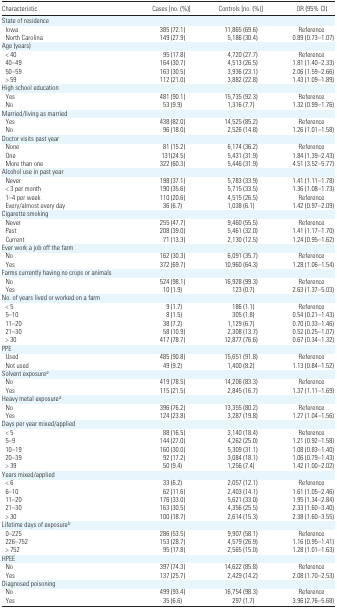
<table><thead><tr><td><b>Characteristic</b></td><td><b>Cases [no. (%)]</b></td><td><b>Controls [no. (%)]</b></td><td><b>OR (95% CI)</b></td></tr></thead><tbody><tr><td colspan="4">State of residence</td></tr><tr><td> Iowa</td><td>385 (72.1)</td><td>11,865 (69.6)</td><td>Reference</td></tr><tr><td> North Carolina</td><td>149 (27.9)</td><td>5,186 (30.4)</td><td>0.89 (0.73–1.07)</td></tr><tr><td colspan="4">Age (years)</td></tr><tr><td> &lt; 40</td><td>95 (17.8)</td><td>4,720 (27.7)</td><td>Reference</td></tr><tr><td> 40–49</td><td>164 (30.7)</td><td>4,513 (26.5)</td><td>1.81 (1.40–2.33)</td></tr><tr><td> 50–59</td><td>163 (30.5)</td><td>3,936 (23.1)</td><td>2.06 (1.59–2.66)</td></tr><tr><td> &gt; 59</td><td>112 (21.0)</td><td>3,882 (22.8)</td><td>1.43 (1.09–1.89)</td></tr><tr><td colspan="4">High school education</td></tr><tr><td> Yes</td><td>481 (90.1)</td><td>15,735 (92.3)</td><td>Reference</td></tr><tr><td> No</td><td>53 (9.9)</td><td>1,316 (7.7)</td><td>1.32 (0.99–1.76)</td></tr><tr><td colspan="4">Married/living as married</td></tr><tr><td> Yes</td><td>438 (82.0)</td><td>14,525 (85.2)</td><td>Reference</td></tr><tr><td> No</td><td>96 (18.0)</td><td>2,526 (14.8)</td><td>1.26 (1.01–1.58)</td></tr><tr><td colspan="4">Doctor visits past year</td></tr><tr><td> None</td><td>81 (15.2)</td><td>6,174 (36.2)</td><td>Reference</td></tr><tr><td> One</td><td>131(24.5)</td><td>5,431 (31.9)</td><td>1.84 (1.39–2.43)</td></tr><tr><td> More than one</td><td>322 (60.3)</td><td>5,446 (31.9)</td><td>4.51 (3.52–5.77)</td></tr><tr><td colspan="4">Alcohol use in past year</td></tr><tr><td> Never</td><td>198 (37.1)</td><td>5,783 (33.9)</td><td>1.41 (1.11–1.78)</td></tr><tr><td> &lt; 3 per month</td><td>190 (35.6)</td><td>5,715 (33.5)</td><td>1.36 (1.08–1.73)</td></tr><tr><td> 1–4 per week</td><td>110 (20.6)</td><td>4,515 (26.5)</td><td>Reference</td></tr><tr><td> Every/almost every day</td><td>36 (6.7)</td><td>1,038 (6.1)</td><td>1.42 (0.97–2.09)</td></tr><tr><td colspan="4">Cigarette smoking</td></tr><tr><td> Never</td><td>255 (47.7)</td><td>9,460 (55.5)</td><td>Reference</td></tr><tr><td> Past</td><td>208 (39.0)</td><td>5,461 (32.0)</td><td>1.41 (1.17–1.70)</td></tr><tr><td> Current</td><td>71 (13.3)</td><td>2,130 (12.5)</td><td>1.24 (0.95–1.62)</td></tr><tr><td colspan="4">Ever work a job off the farm</td></tr><tr><td> No</td><td>162 (30.3)</td><td>6,091 (35.7)</td><td>Reference</td></tr><tr><td> Yes</td><td>372 (69.7)</td><td>10,960 (64.3)</td><td>1.28 (1.06–1.54)</td></tr><tr><td colspan="4">Farms currently having no crops or animals</td></tr><tr><td> No</td><td>524 (98.1)</td><td>16,928 (99.3)</td><td>Reference</td></tr><tr><td> Yes</td><td>10 (1.9)</td><td>123 (0.7)</td><td>2.63 (1.37–5.03)</td></tr><tr><td colspan="4">No. of years lived or worked on a farm</td></tr><tr><td> &lt; 5</td><td>9 (1.7)</td><td>186 (1.1)</td><td>Reference</td></tr><tr><td> 5–10</td><td>8 (1.5)</td><td>305 (1.8)</td><td>0.54 (0.21–1.43)</td></tr><tr><td> 11–20</td><td>38 (7.2)</td><td>1,129 (6.7)</td><td>0.70 (0.33–1.46)</td></tr><tr><td> 21–30</td><td>58 (10.9)</td><td>2,308 (13.7)</td><td>0.52 (0.25–1.07)</td></tr><tr><td> &gt; 30</td><td>417 (78.7)</td><td>12,877 (76.6)</td><td>0.67 (0.34–1.32)</td></tr><tr><td colspan="4">PPE</td></tr><tr><td> Used</td><td>485 (90.8)</td><td>15,651 (91.8)</td><td>Reference</td></tr><tr><td> Not used</td><td>49 (9.2)</td><td>1,400 (8.2)</td><td>1.13 (0.84–1.52)</td></tr><tr><td colspan="4">Solvent exposurea</td></tr><tr><td> No</td><td>419 (78.5)</td><td>14,206 (83.3)</td><td>Reference</td></tr><tr><td> Yes</td><td>115 (21.5)</td><td>2,845 (16.7)</td><td>1.37 (1.11–1.69)</td></tr><tr><td colspan="4">Heavy metal exposurea</td></tr><tr><td> No</td><td>396 (76.2)</td><td>13,355 (80.2)</td><td>Reference</td></tr><tr><td> Yes</td><td>124 (23.8)</td><td>3,287 (19.8)</td><td>1.27 (1.04–1.56)</td></tr><tr><td colspan="4">Days per year mixed/applied</td></tr><tr><td> &lt; 5</td><td>88 (16.5)</td><td>3,140 (18.4)</td><td>Reference</td></tr><tr><td> 5–9</td><td>144 (27.0)</td><td>4,262 (25.0)</td><td>1.21 (0.92–1.58)</td></tr><tr><td> 10–19</td><td>160 (30.0)</td><td>5,309 (31.1)</td><td>1.08 (0.83–1.40)</td></tr><tr><td> 20–39</td><td>92 (17.2)</td><td>3,084 (18.1)</td><td>1.06 (0.79–1.43)</td></tr><tr><td> &gt; 39</td><td>50 (9.4)</td><td>1,256 (7.4)</td><td>1.42 (1.00–2.02)</td></tr><tr><td colspan="4">Years mixed/applied</td></tr><tr><td> &lt; 6</td><td>33 (6.2)</td><td>2,057 (12.1)</td><td>Reference</td></tr><tr><td> 6–10</td><td>62 (11.6)</td><td>2,403 (14.1)</td><td>1.61 (1.05–2.46)</td></tr><tr><td> 11–20</td><td>176 (33.0)</td><td>5,621 (33.0)</td><td>1.95 (1.34–2.84)</td></tr><tr><td> 21–30</td><td>163 (30.5)</td><td>4,356 (25.5)</td><td>2.33 (1.60–3.40)</td></tr><tr><td> &gt; 30</td><td>100 (18.7)</td><td>2,614 (15.3)</td><td>2.38 (1.60–3.55)</td></tr><tr><td colspan="4">Lifetime days of exposureb</td></tr><tr><td> 0–225</td><td>286 (53.5)</td><td>9,907 (58.1)</td><td>Reference</td></tr><tr><td> 226–752</td><td>153 (28.7)</td><td>4,579 (26.9)</td><td>1.16 (0.95–1.41)</td></tr><tr><td> &gt; 752</td><td>95 (17.8)</td><td>2,565 (15.0)</td><td>1.28 (1.01–1.63)</td></tr><tr><td colspan="4">HPEE</td></tr><tr><td> No</td><td>397 (74.3)</td><td>14,622 (85.8)</td><td>Reference</td></tr><tr><td> Yes</td><td>137 (25.7)</td><td>2,429 (14.2)</td><td>2.08 (1.70–2.53)</td></tr><tr><td colspan="4">Diagnosed poisoning</td></tr><tr><td> No</td><td>499 (93.4)</td><td>16,754 (98.3)</td><td>Reference</td></tr><tr><td> Yes</td><td>35 (6.6)</td><td>297 (1.7)</td><td>3.96 (2.76–5.68)</td></tr></tbody></table>